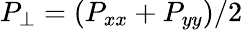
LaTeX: P_{\perp}=(P_{xx}+P_{yy})/2